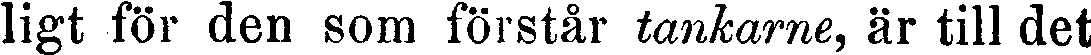
ligt för den som förstår tankarne, är till det